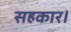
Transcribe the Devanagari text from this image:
सहकार।